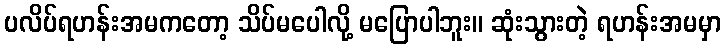
ပလိပ်ရဟန်းအမကတော့ သိပ်မပေါလို့ မပြောပါဘူး။ ဆုံးသွားတဲ့ ရဟန်းအမမှာ